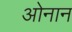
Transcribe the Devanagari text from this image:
ओनान